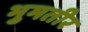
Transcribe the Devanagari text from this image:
भुमतीर